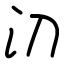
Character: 𣱼